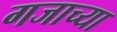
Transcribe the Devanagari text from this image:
गजाच्या